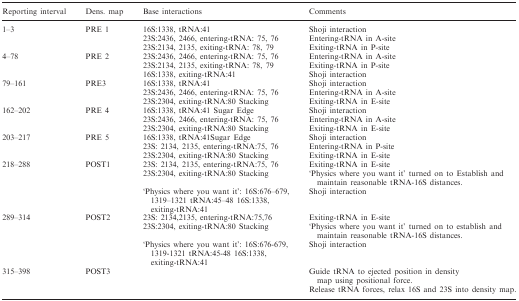
<table><thead><tr><td><b>Reporting interval</b></td><td><b>Dens. map</b></td><td><b>Base interactions</b></td><td><b>Comments</b></td></tr></thead><tbody><tr><td rowspan="3">1–3</td><td rowspan="3">PRE 1</td><td>16S:1338, tRNA:41</td><td>Shoji interaction</td></tr><tr><td>23S:2436, 2466, entering-tRNA: 75, 76</td><td>Entering-tRNA in A-site</td></tr><tr><td>23S:2134, 2135, exiting-tRNA: 78, 79</td><td>Exiting-tRNA in P-site</td></tr><tr><td rowspan="3">4–78</td><td rowspan="3">PRE 2</td><td>23S:2436, 2466, entering-tRNA: 75, 76</td><td>Entering-tRNA in A-site</td></tr><tr><td>23S:2134, 2135, exiting-tRNA: 78, 79</td><td>Exiting-tRNA in P-site</td></tr><tr><td>16S:1338, exiting-tRNA:41</td><td>Shoji interaction</td></tr><tr><td rowspan="3">79–161</td><td rowspan="3">PRE3</td><td>16S:1338, tRNA:41</td><td>Shoji interaction</td></tr><tr><td>23S:2436, 2466, entering-tRNA: 75, 76</td><td>Entering-tRNA in A-site</td></tr><tr><td>23S:2304, exiting-tRNA:80 Stacking</td><td>Exiting-tRNA in E-site</td></tr><tr><td rowspan="3">162–202</td><td rowspan="3">PRE 4</td><td>16S:1338, tRNA:41 Sugar Edge</td><td>Shoji interaction</td></tr><tr><td>23S:2436, 2466, entering-tRNA: 75, 76</td><td>Entering-tRNA in A-site</td></tr><tr><td>23S:2304, exiting-tRNA:80 Stacking</td><td>Exiting-tRNA in E-site</td></tr><tr><td rowspan="3">203–217</td><td rowspan="3">PRE 5</td><td>16S:1338, tRNA:41Sugar Edge</td><td>Shoji interaction</td></tr><tr><td>23S: 2134, 2135, entering-tRNA:75, 76</td><td>Entering-tRNA in P-site</td></tr><tr><td>23S:2304, exiting-tRNA:80 Stacking</td><td>Exiting-tRNA in E-site</td></tr><tr><td rowspan="3">218–288</td><td rowspan="3">POST1</td><td>23S: 2134, 2135, entering-tRNA:75, 76</td><td>Exiting-tRNA in E-site</td></tr><tr><td>23S:2304, exiting-tRNA:80 Stacking</td><td>‘Physics where you want it’ turned on to Establish and maintain reasonable tRNA-16S distances.</td></tr><tr><td>‘Physics where you want it’: 16S:676–679, 1319–1321 tRNA:45–48 16S:1338, exiting-tRNA:41</td><td>Shoji interaction</td></tr><tr><td rowspan="3">289–314</td><td rowspan="3">POST2</td><td>23S: 2134,2135, entering-tRNA:75,76</td><td>Exiting-tRNA in E-site</td></tr><tr><td>23S:2304, exiting-tRNA:80 Stacking</td><td>‘Physics where you want it’ turned on to establish and maintain reasonable tRNA-16S distances.</td></tr><tr><td>‘Physics where you want it’: 16S:676-679, 1319-1321 tRNA:45-48 16S:1338, exiting-tRNA:41</td><td>Shoji interaction</td></tr><tr><td rowspan="2">315–398</td><td rowspan="2">POST3</td><td rowspan="2"></td><td>Guide tRNA to ejected position in density map using positional force.</td></tr><tr><td>Release tRNA forces, relax 16S and 23S into density map.</td></tr></tbody></table>